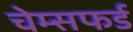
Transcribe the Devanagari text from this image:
चेम्सफर्ड